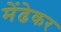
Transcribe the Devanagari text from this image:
मेंढेकर